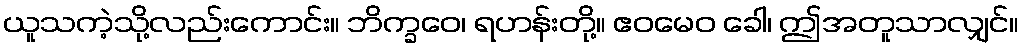
ယူသကဲ့သို့လည်းကောင်း။ ဘိက္ခဝေ၊ ရဟန်းတို့။ ဧဝမေဝ ခေါ၊ ဤအတူသာလျှင်။